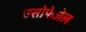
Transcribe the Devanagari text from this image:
एसोफेजेल